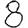
Digit: 8